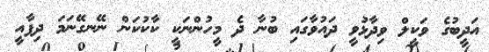
އަދީބުގެ ވަކީލް ވިދާޅުވީ ދައުވާގައި ބުނާ ދެ މީހުންނަކީ ކާކުކަން ނޭނގޭނަމަ ދިފާއީ